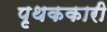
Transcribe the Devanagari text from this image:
पृथककारी